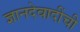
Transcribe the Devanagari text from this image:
ज्ञानदेवादींची